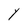
Character: Y